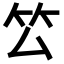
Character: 𥫛